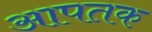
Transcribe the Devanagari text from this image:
आपतक